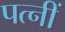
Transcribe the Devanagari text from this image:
पत्नीं